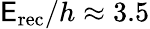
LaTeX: \mathsf{E}_{\mathrm{{rec}}}/h\approx3.5